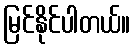
မြင်နိုင်ပါတယ်။